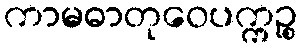
ကာမဓာတုဝေပက္ကဉ္စ